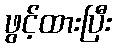
ဖွင့်ထားပြီး